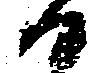
日